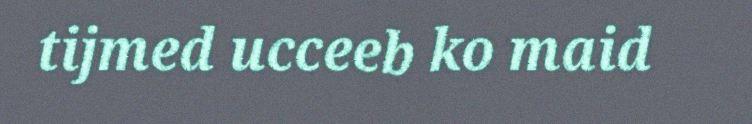
tijmed ucceeb ko maid